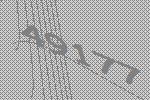
49177